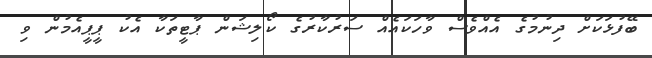
ބޭފުޅަކަށް ދިނުމުގެ އެއްވެސް ވާހަކައެއް ސަރުކާރުގެ ކޯލިޝަން ޕާޓީތަކާ އެކު ޕީޕީއެމުން ވި